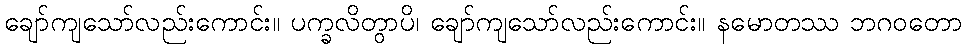
ချော်ကျသော်လည်းကောင်း။ ပက္ခလိတွာပိ၊ ချော်ကျသော်လည်းကောင်း။ နမောတဿ ဘဂဝတော